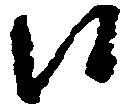
候